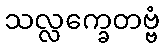
သလ္လက္ခေတဗ္ဗံ